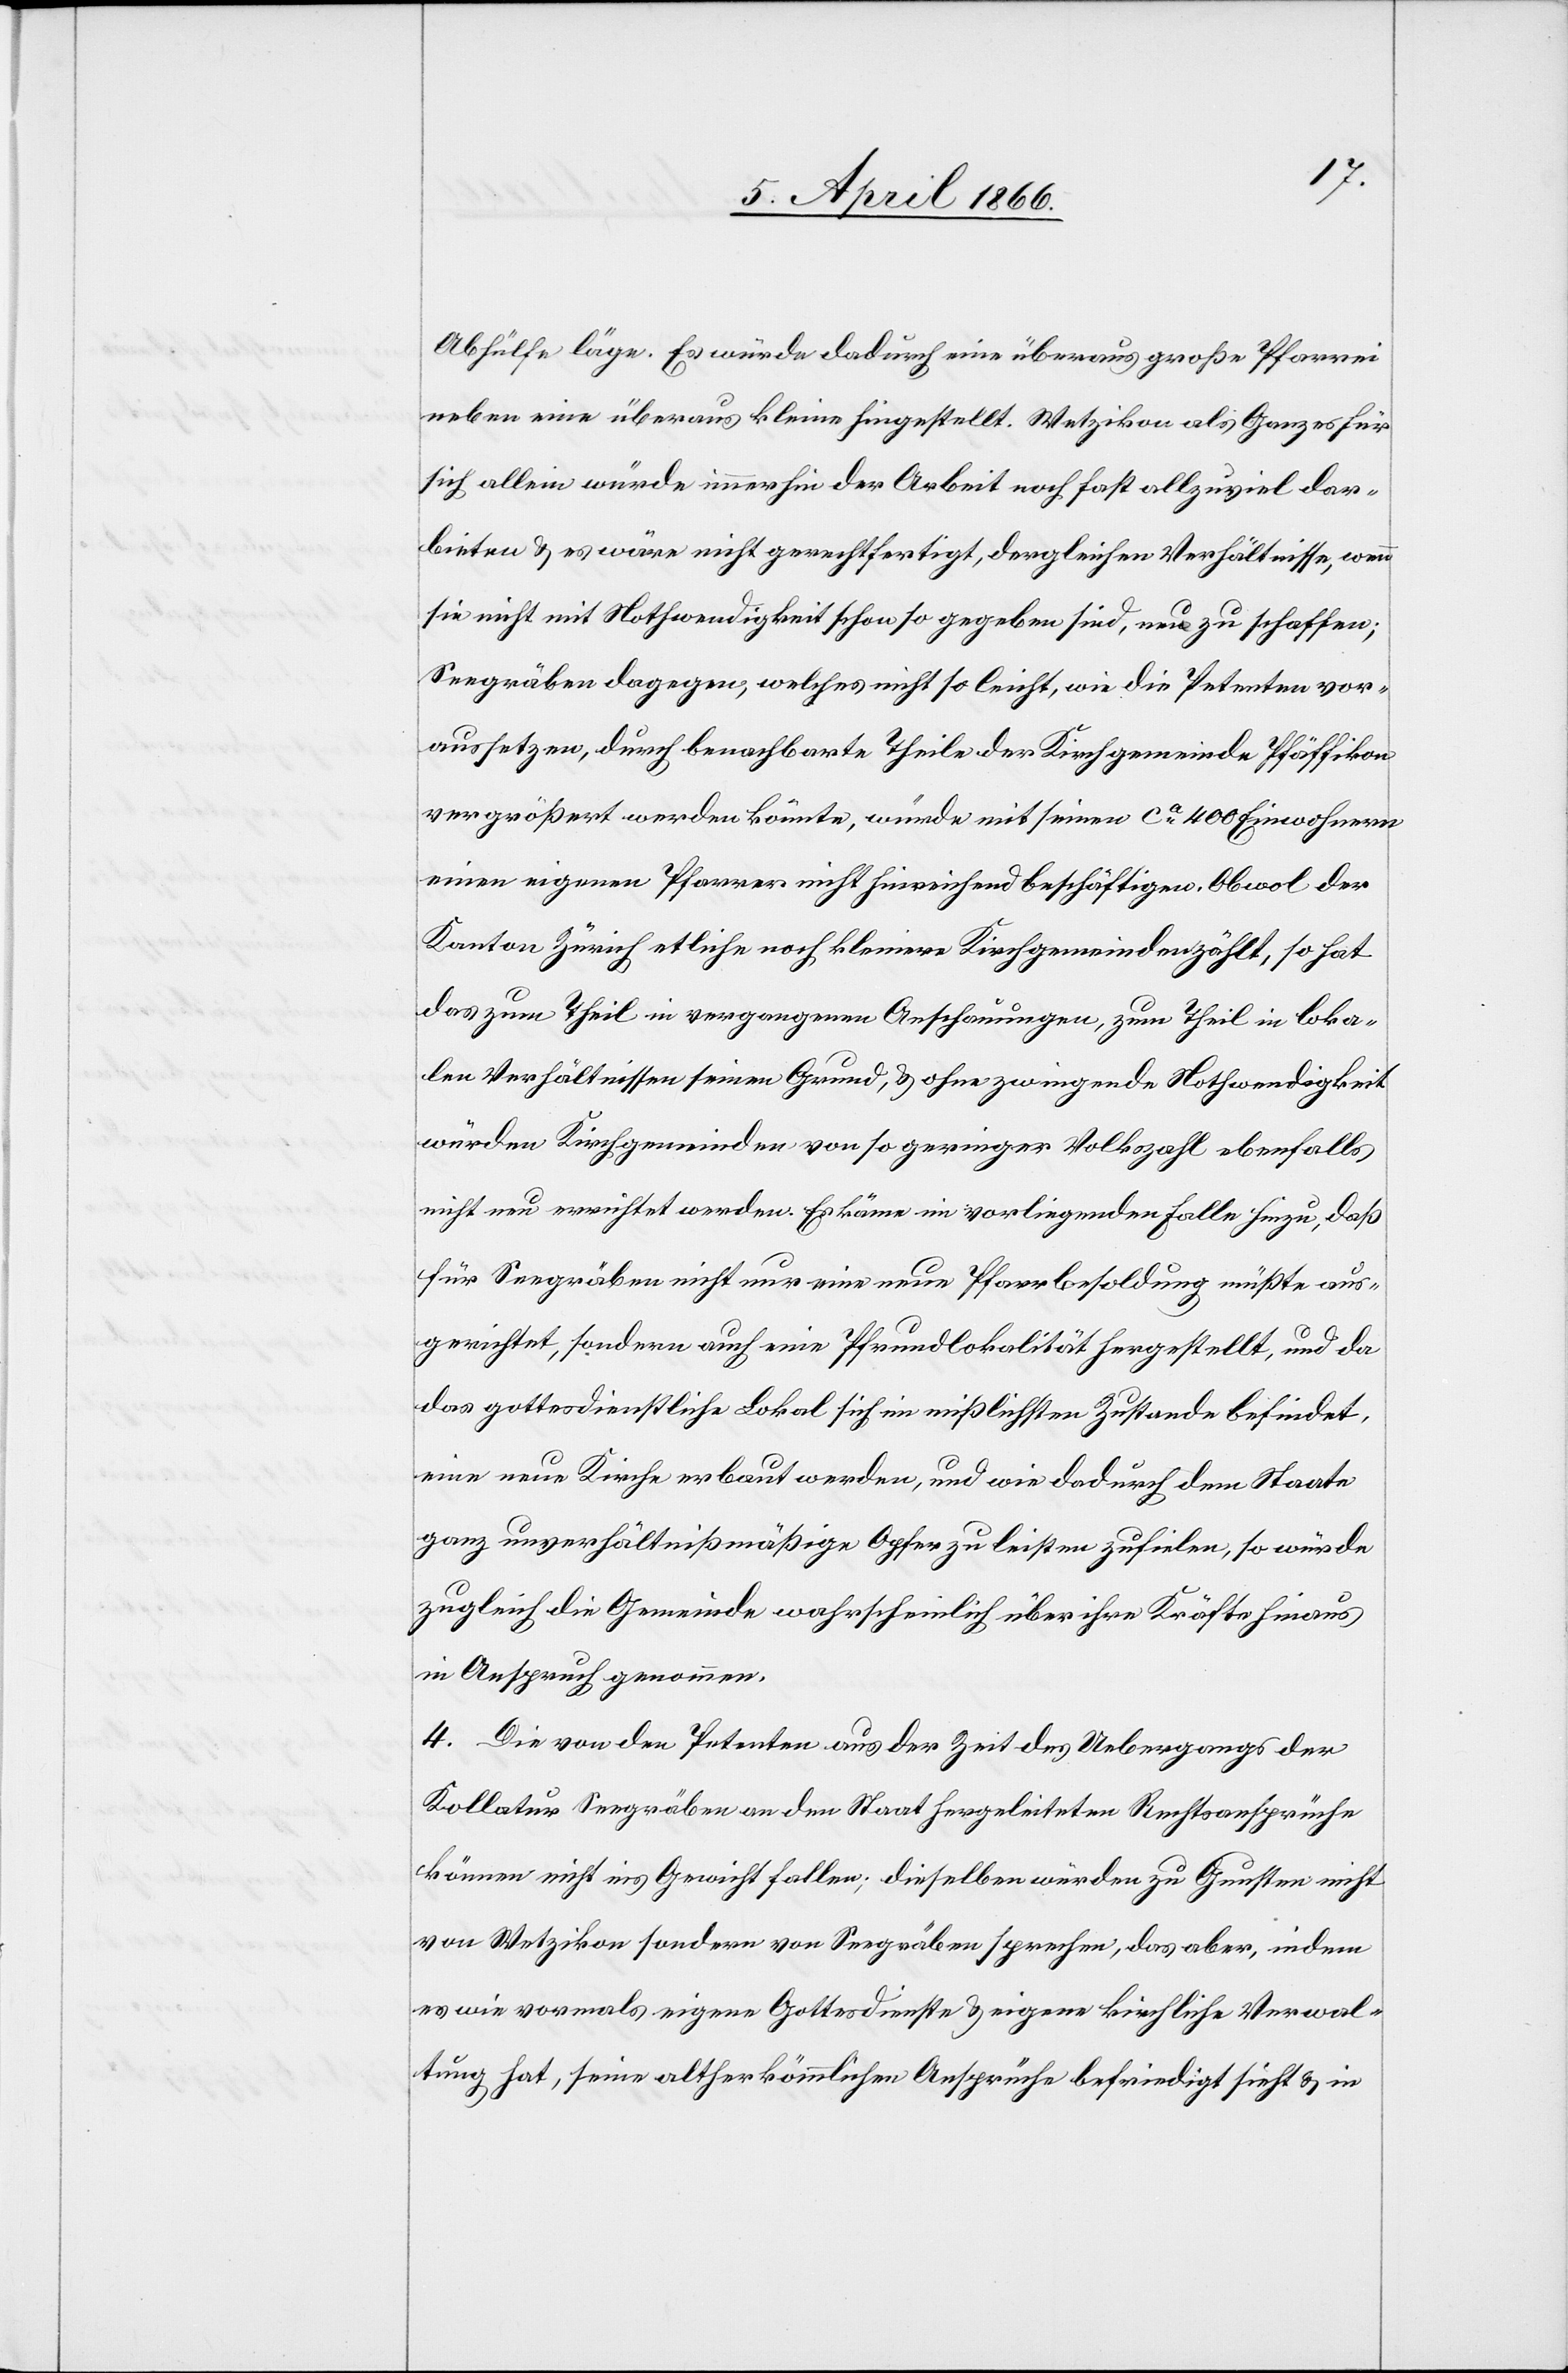
Abhülfe läge. Es würde dadurch eine überaus große Pfarrei
neben eine überaus kleine hingestellt. Wetzikon als Ganzes für
sich alleine würde immerhin der Arbeit nach fast allzuviel dar¬
bieten u. es wäre nicht gerechtfertigt, dergleichen Verhältnisse, wenn
sie nicht mit Nothwendigkeit schon so gegeben sind, neu zu schaffen;
Seegräben dagegen, welches nicht so leicht, wie die Petenten vor¬
aussetzen, durch benachbarte Theile der Kirchgemeinde Pfäffikon
vergrößert werden könnte, würde mit seinen ca. 400 Einwohnern
einen eigenen Pfarrer nicht hinreichend beschäftigen. Obwol der
Kanton Zürich etliche kleinere Kirchgemeinden zählt, so hat
das zum Theil in vergangenen Anschauungen, zum Theil in loka¬
len Verhältnissen seinen Grund, u. ohne zwingende Nothwendigkeit
würden Kirchgemeinden von so geringer Volkszahl ebenfalls
nicht neu errichtet werden. Es käme im vorliegenden Falle hinzu, daß
für Seegräben nicht nur eine neue Pfarrbesoldung müßte aus¬
gerichtet, sondern auch eine Pfrundlokalität hergestellt, und da
das gottesdienstliche Lokal sich im mißlichsten Zustande befindet,
eine neue Kirche erbaut werden, und wie dadurch dem Staate
ganz unverhältnißmäßige Opfer zu leisten zufielen, so würde
zugleich die Gemeinde wahrscheinlich über ihre Kräfte hinaus
in Anspruch genommen.
4. Die von den Petenten aus der Zeit des Uebergangs der
Kollatur Seegräben an den Staat hergeleiteten Rechtsansprüche
können nicht ins Gewicht fallen; dieselben würden zu Gunsten nicht
von Wetzikon sondern von Seegräben sprechen, das aber, indem
es wie vormals eigene Gottesdienste u. eigene kirchliche Verwal¬
tung hat, seine altherkömmlichen Ansprüche befriedigt sieht u. in